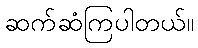
ဆက်ဆံကြပါတယ်။